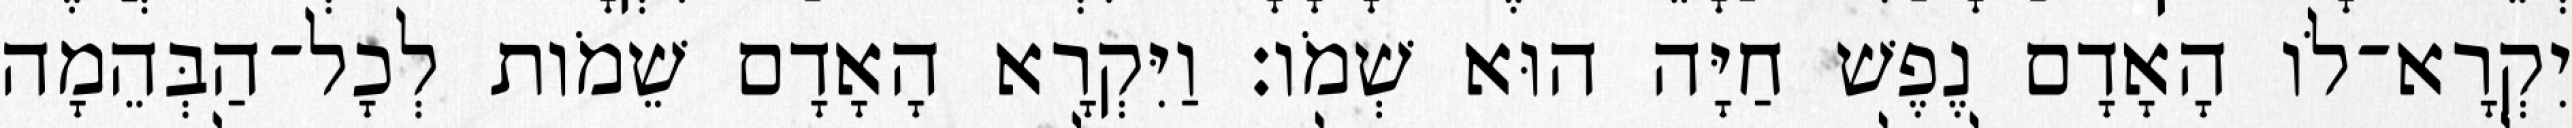
יִקְרָא־לֹו הָאָדָם נֶפֶשׁ חַיָּה הוּא שְׁמֹו׃ וַיִּקְרָא הָאָדָם שֵׁמֹות לְכָל־הַבְּהֵמָה